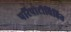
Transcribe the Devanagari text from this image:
परिपाटीविहित